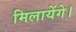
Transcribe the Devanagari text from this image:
मिलायेंगे।